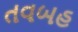
તવબહ